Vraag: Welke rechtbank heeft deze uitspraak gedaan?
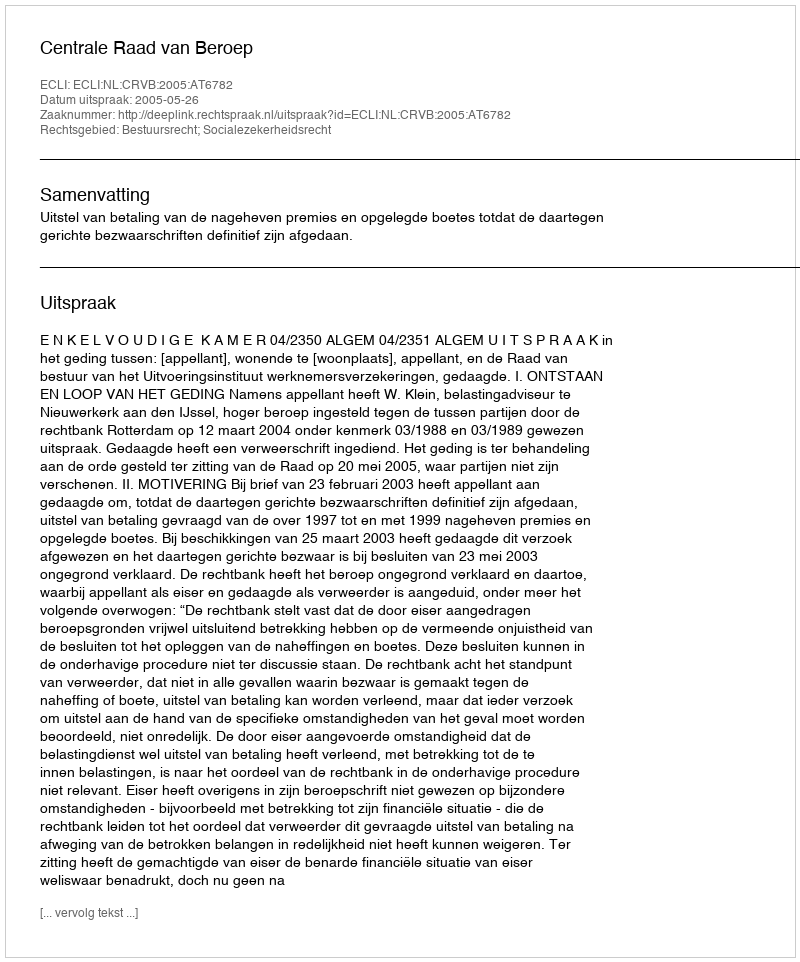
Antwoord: Centrale Raad van Beroep